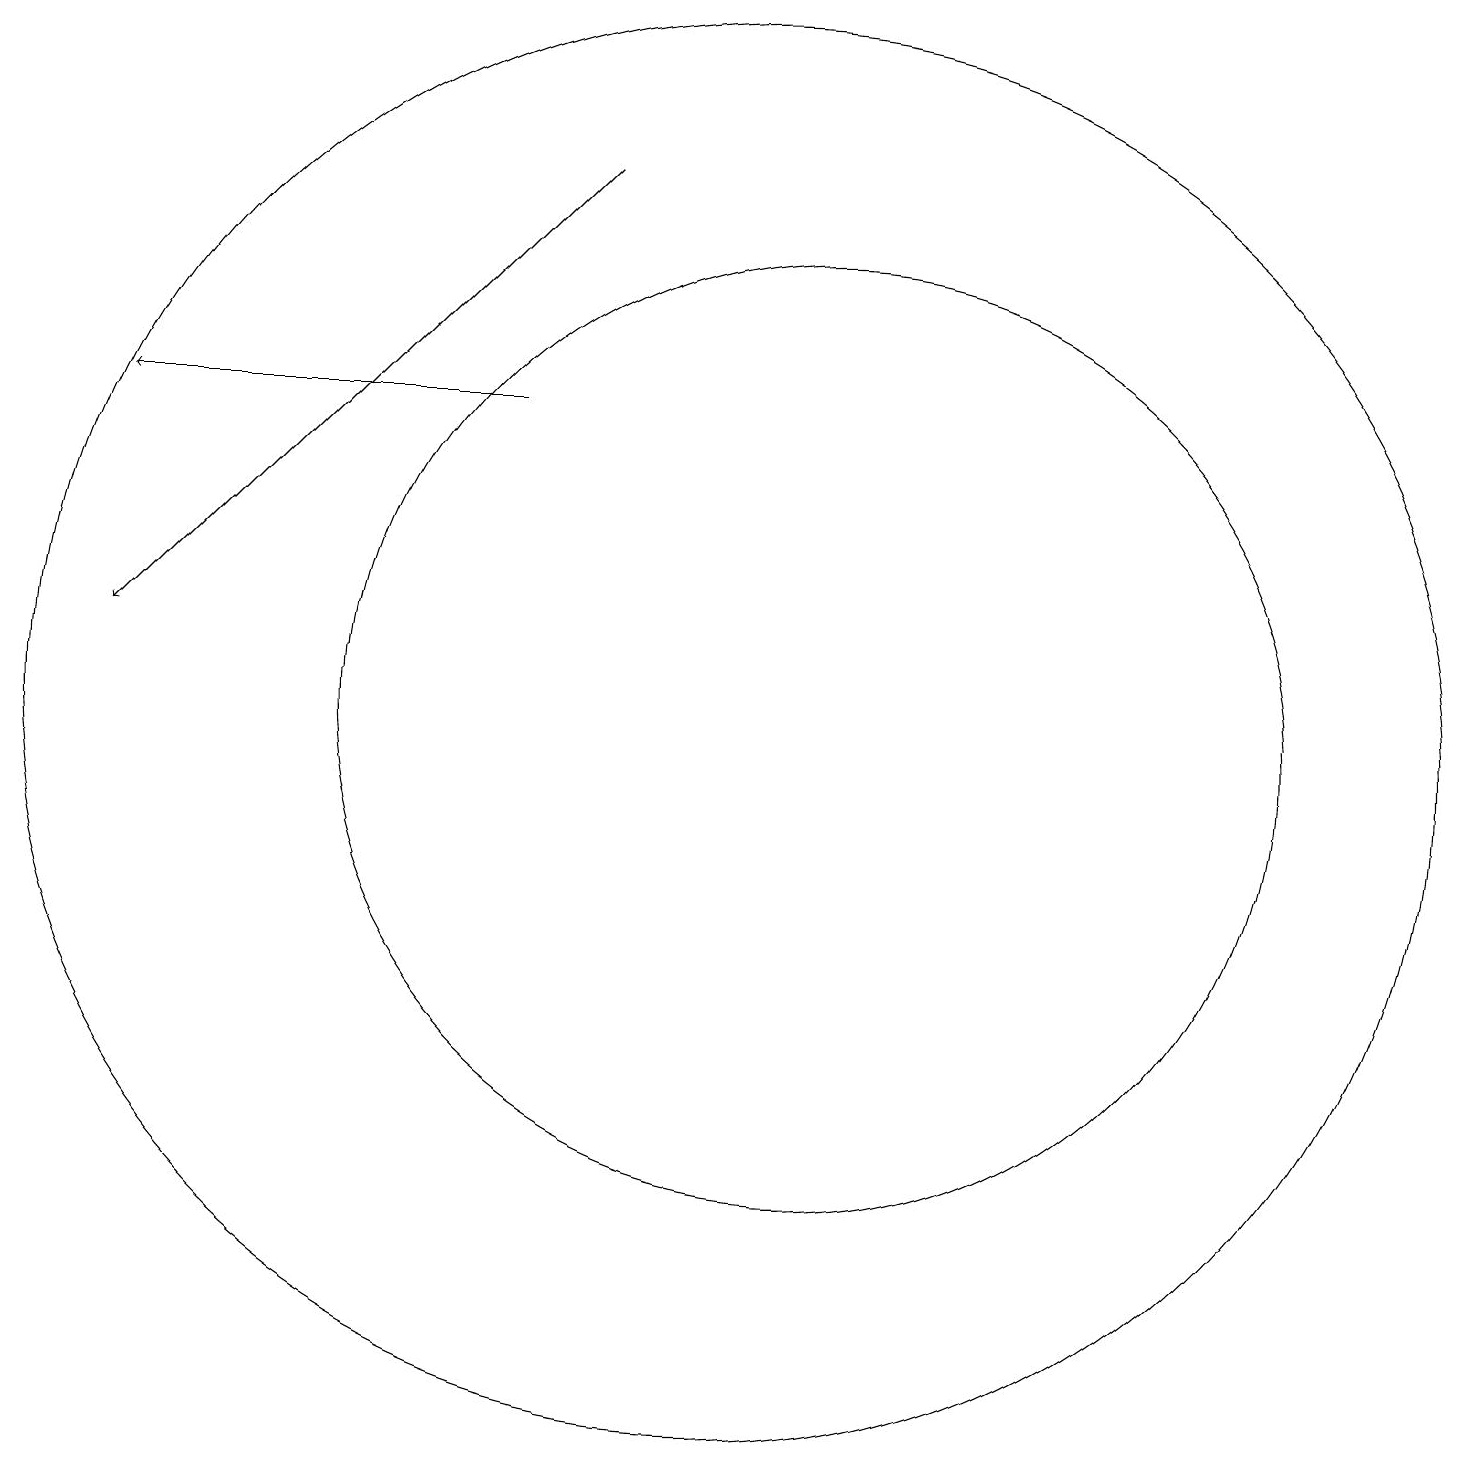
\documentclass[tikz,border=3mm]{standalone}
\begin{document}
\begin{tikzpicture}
\draw (12,10) circle (6);
\draw[->] (8,14) -- (3,14);
\draw (11,10) circle (9);
\draw[->] (9,17) -- (3,11);
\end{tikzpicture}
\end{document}